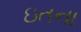
ઇતના